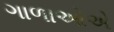
ગાળાઓએ